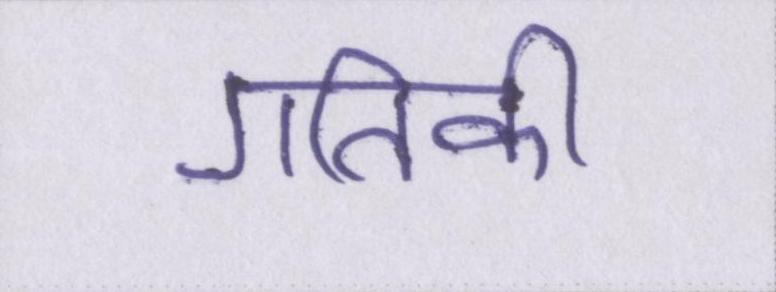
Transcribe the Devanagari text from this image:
गतिकी